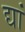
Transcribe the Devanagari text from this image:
द्यां